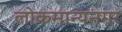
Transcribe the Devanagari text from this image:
लोकमान्यनगर